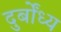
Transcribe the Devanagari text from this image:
दुर्बोंध्य